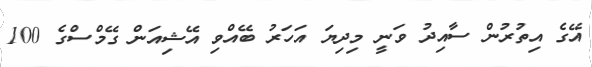
އޭގެ އިތުރުން ސާއިދު ވަނީ މިދިޔަ އަހަރު ބޭއްވި އޭޝިއަން ގޭމްސްގެ 100